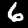
Label: 6